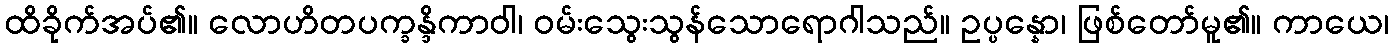
ထိခိုက်အပ်၏။ လောဟိတပက္ခန္ဒိကာဝါ၊ ဝမ်းသွေးသွန်သောရောဂါသည်။ ဥပ္ပန္နော၊ ဖြစ်တော်မူ၏။ ကာယေ၊